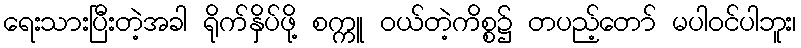
ရေးသားပြီးတဲ့အခါ ရိုက်နှိပ်ဖို့ စက္ကူ ဝယ်တဲ့ကိစ္စ၌ တပည့်တော် မပါဝင်ပါဘူး၊